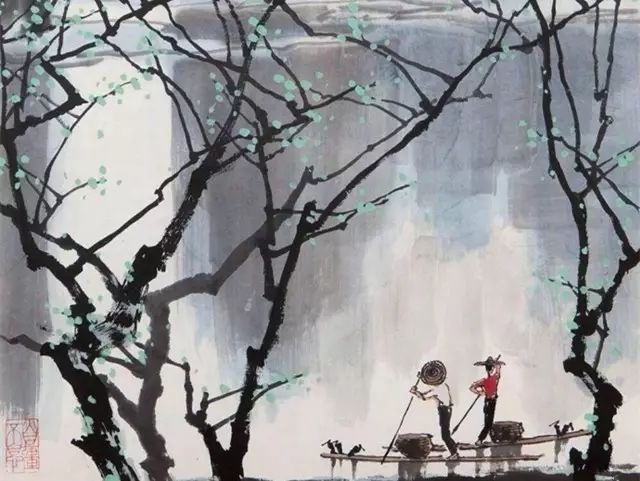
饥而欲食，寒而欲暖，劳而欲息，好利而恶害，是人之所生而有也。